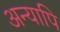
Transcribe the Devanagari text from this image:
अन्यापि